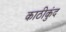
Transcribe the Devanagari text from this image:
काठीकुंद